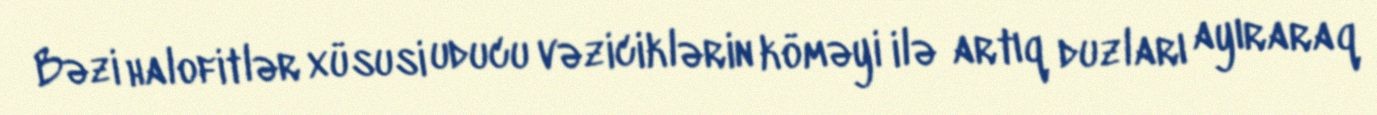
Bəzi halofitlər xüsusi uducu vəziciklərin köməyi ilə artıq duzları ayıraraq